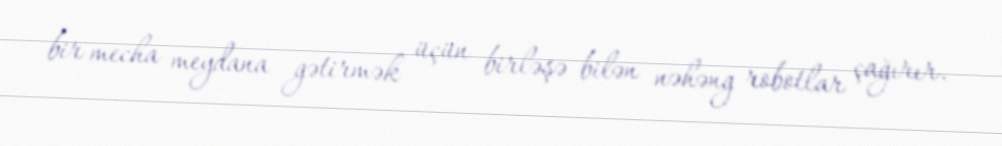
bir mecha meydana gətirmək üçün birləşə bilən nəhəng robotlar çağırır.